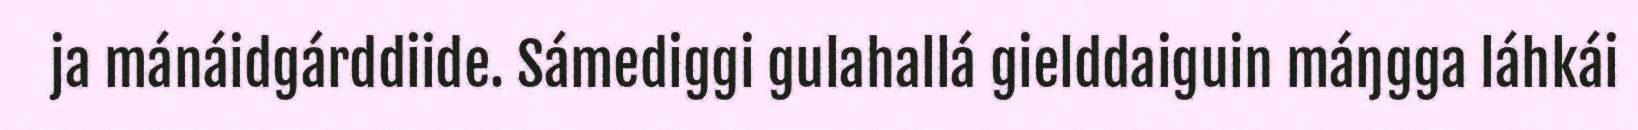
ja mánáidgárddiide. Sámediggi gulahallá gielddaiguin máŋgga láhkái